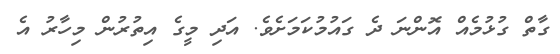
ގާތް ގުޅުމެއް އޮންނަ ދެ ގައުމުކަމަށެވެ. އަދި މީގެ އިތުރުން މިހާރު އެ